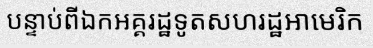
បន្ទាប់ពីឯកអគ្គរដ្ឋទូតសហរដ្ឋអាមេរិក